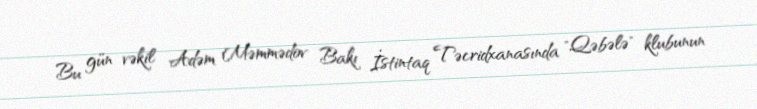
Bu gün vəkil Adəm Məmmədov Bakı İstintaq Təcridxanasında "Qəbələ" klubunun